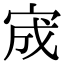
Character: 宬